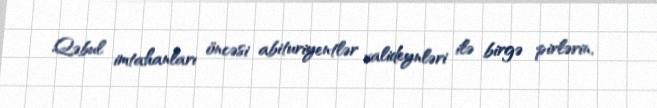
Qəbul imtahanları öncəsi abituriyentlər valideynləri ilə birgə pirlərin,